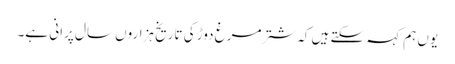
یوں ہم کہہ سکتے ہیں کہ شترمرغ دوڑ کی تاریخ ہزاروں سال پرانی ہے۔